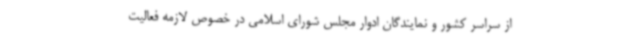
از سراسر کشور و نمایندگان ادوار مجلس شورای اسلامی در خصوص لازمه فعالیت